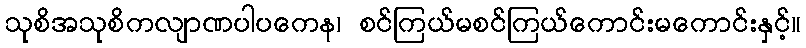
သုစိအသုစိကလျာဏပါပကေန၊ စင်ကြယ်မစင်ကြယ်ကောင်းမကောင်းနှင့်။